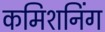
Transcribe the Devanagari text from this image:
कमिशनिंग